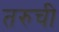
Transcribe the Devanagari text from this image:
तरुची